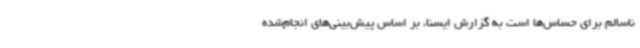
ناسالم برای حساس‌ها است به گزارش ایسنا، بر اساس پیش‌بینی‌های انجام‌شده